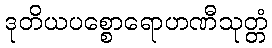
ဒုတိယပစ္စောရောဟဏီသုတ္တံ